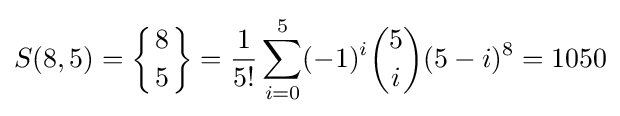
S(8,5)=\left\{{8 \atop 5}\right\}={\frac {1}{5!}}\sum _{i=0}^{5}(-1)^{i}{\binom {5}{i}}(5-i)^{8}=1050